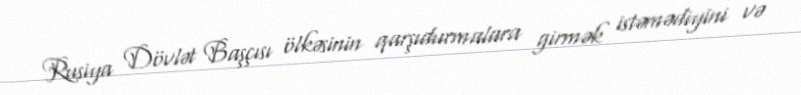
Rusiya Dövlət Başçısı ölkəsinin qarşıdurmalara girmək istəmədiyini və